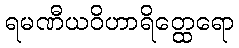
ရမဏီယဝိဟာရိတ္ထေရော